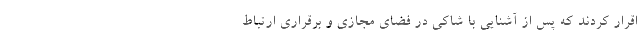
اقرار کردند که پس از آشنایی با شاکی در فضای مجازی و برقراری ارتباط